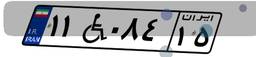
۱۱W۰۸۴۱۵